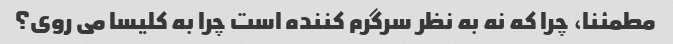
مطمئنا، چرا که نه به نظر سرگرم کننده است چرا به کلیسا می روی؟